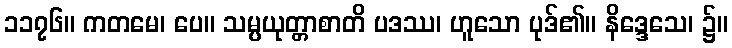
၁၁၇၆။ ကတမေ၊ ပေ။ သမ္ပယုတ္တာစာတိ ပဒဿ၊ ဟူသော ပုဒ်၏။ နိဒ္ဒေသေ၊ ၌။